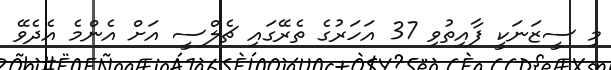
މި ސީޒަނަކީ ފާއިތުވި 37 އަހަރުގެ ތެރޭގައި ޗެލްސީ އަށް އެންމެ އެދެވޭ